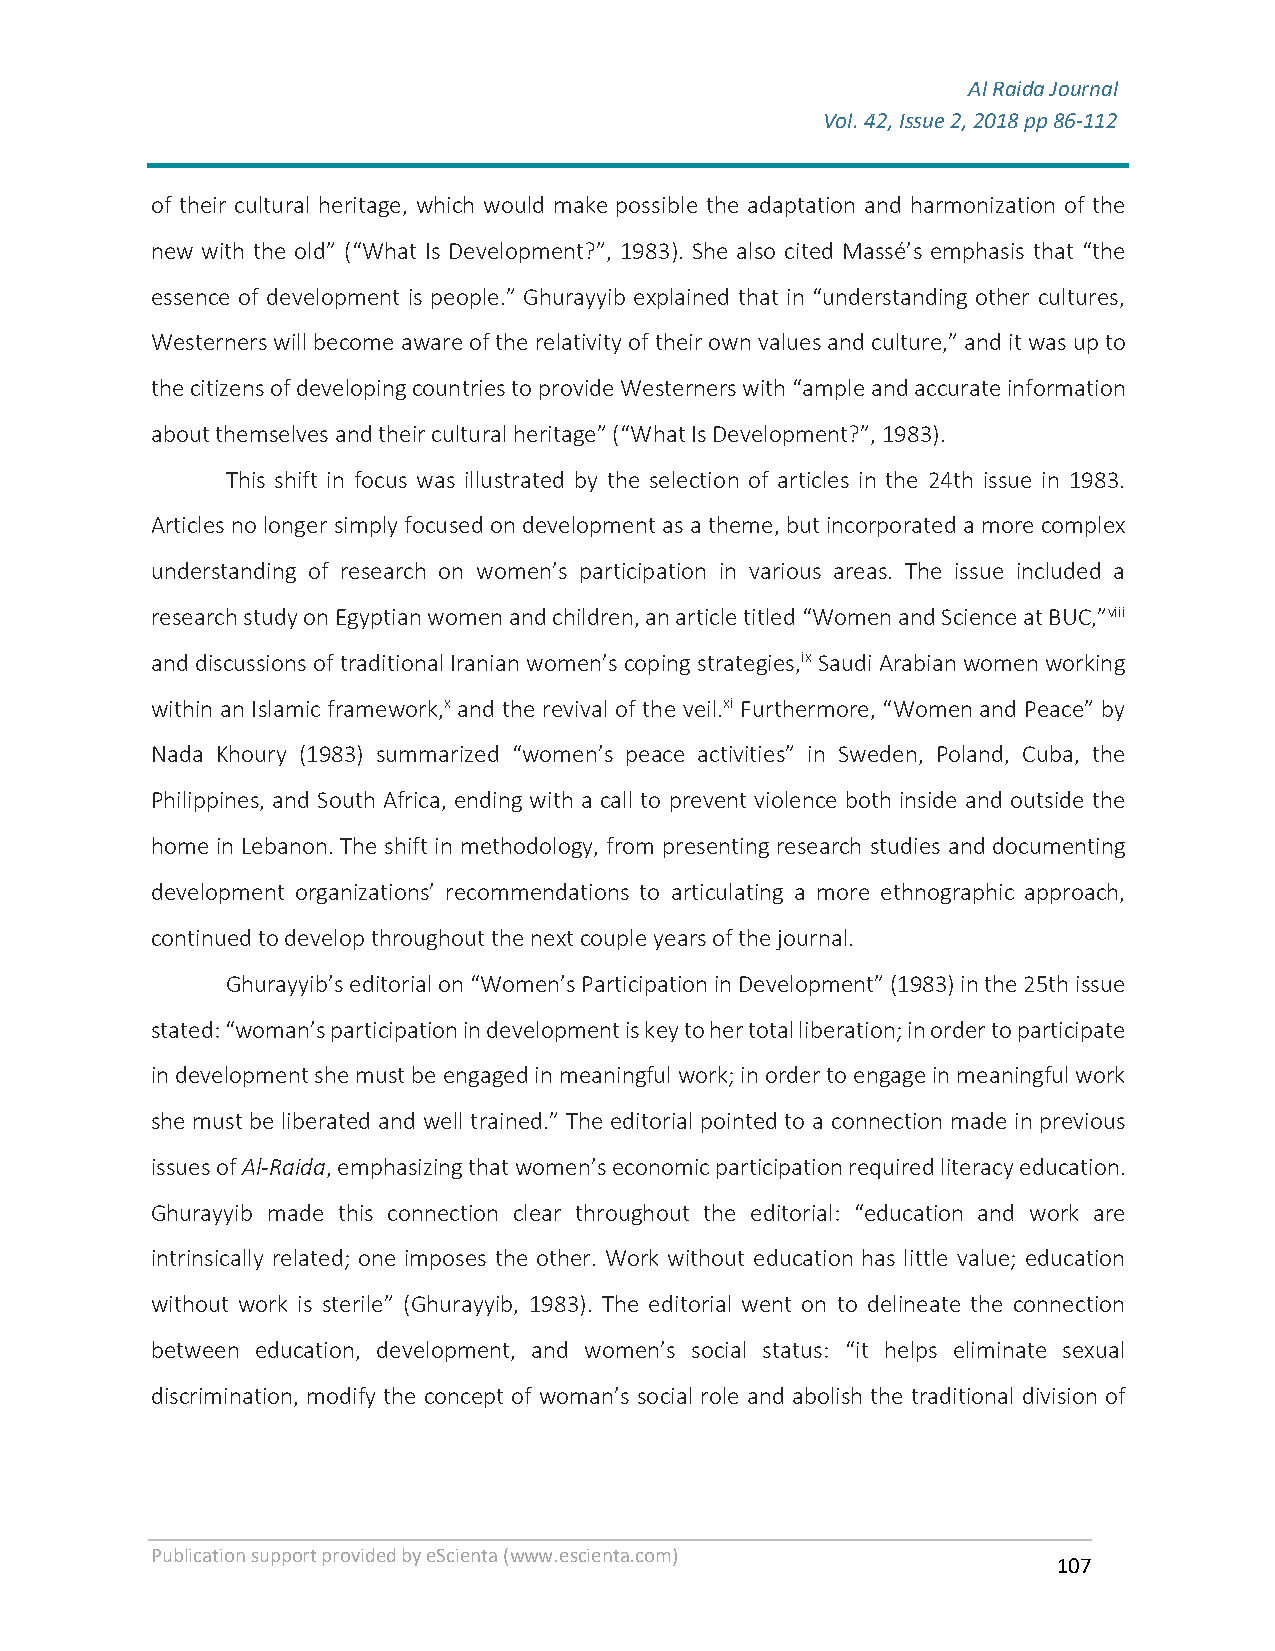
Al Raida Journal
 Vol. 42, Issue 2, 2018 pp 86-112
 F
 of their cultural heritage, which would make possible the adaptation and harmonization of the
 new with the old” (“What Is Development?”, 1983). She also cited Massé’s emphasis that “the
 essence of development is people.” Ghurayyib explained that in “understanding other cultures,
 Westerners will become aware of the relativity of their own values and culture,” and it was up to
 the citizens of developing countries to provide Westerners with “ample and accurate information
 about themselves and their cultural heritage” (“What Is Development?”, 1983).
 This shift in focus was illustrated by the selection of articles in the 24th issue in 1983.
 Articles no longer simply focused on development as a theme, but incorporated a more complex
 understanding of research on women’s participation in various areas. The issue included a
 research study on Egyptian women and children, an article titled “Women and Science at BUC,”viii
 and discussions of traditional Iranian women’s coping strategies,ix Saudi Arabian women working
 within an Islamic framework,x and the revival of the veil.xi Furthermore, “Women and Peace” by
 Nada Khoury (1983) summarized “women’s peace activities” in Sweden, Poland, Cuba, the
 Philippines, and South Africa, ending with a call to prevent violence both inside and outside the
 home in Lebanon. The shift in methodology, from presenting research studies and documenting
 development organizations’ recommendations to articulating a more ethnographic approach,
 continued to develop throughout the next couple years of the journal.
 Ghurayyib’s editorial on “Women’s Participation in Development” (1983) in the 25th issue
 stated: “woman’s participation in development is key to her total liberation; in order to participate
 in development she must be engaged in meaningful work; in order to engage in meaningful work
 she must be liberated and well trained.” The editorial pointed to a connection made in previous
 issues of Al-Raida, emphasizing that women’s economic participation required literacy education.
 Ghurayyib made this connection clear throughout the editorial: “education and work are
 intrinsically related; one imposes the other. Work without education has little value; education
 without work is sterile” (Ghurayyib, 1983). The editorial went on to delineate the connection
 between education, development, and women’s social status: “it helps eliminate sexual
 discrimination, modify the concept of woman’s social role and abolish the traditional division of
 Publication support provided by eScienta (www.escienta.com)
 107